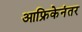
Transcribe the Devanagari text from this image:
आफ्रिकेनंतर